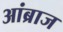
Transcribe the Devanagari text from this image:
आंब्राज